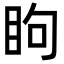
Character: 眗